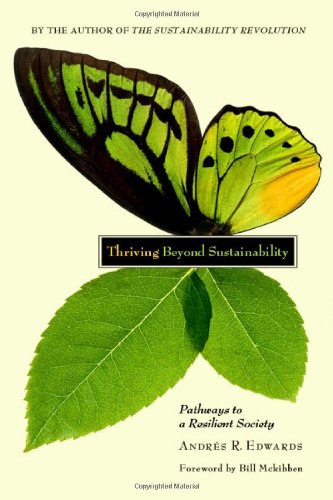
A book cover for Thriving Beyond Sustainability: Pathways to a Resilient Society; Andres R. Edwards; Business & Money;